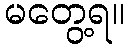
မတွေ့ရ။